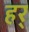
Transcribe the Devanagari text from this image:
हर्